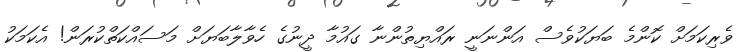
ވެރިކަމަށް ކޮންމެ ބަޔަކުވެސް އަންނަނީ ރައްޔިތުންނާ ގައުމާ ދީނުގެ ހެވާލާބަޔަށް މަސައްކަތްކުރަން! އެކަމަކު